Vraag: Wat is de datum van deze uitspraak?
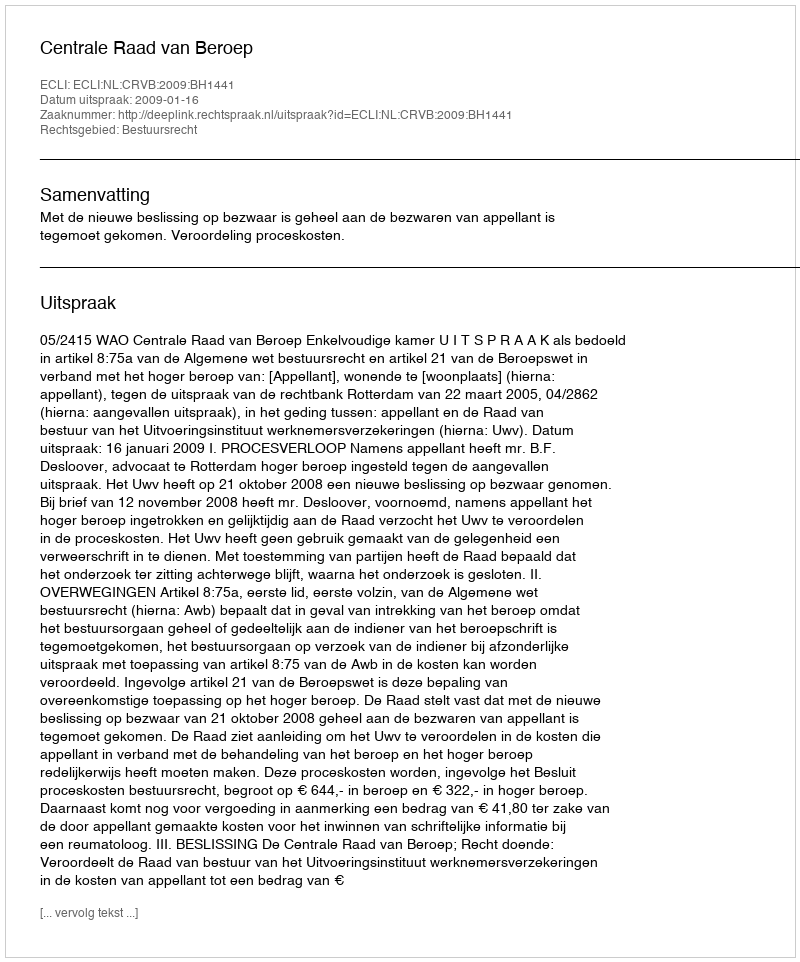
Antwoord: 2009-01-16